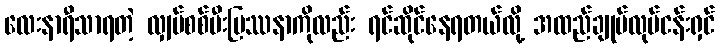
လေးနာရီသာရတဲ့ လျှပ်စစ်မီးပြဿနာကိုလည်း ရင်ဆိုင်နေရတယ်လို့ အထည်ချုပ်လုပ်ငန်းရှင်